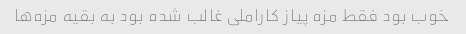
خوب بود فقط مزه پیاز کاراملی غالب شده بود به بقیه مزه‌ها